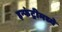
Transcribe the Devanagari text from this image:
इन्फंट्रीमध्ये